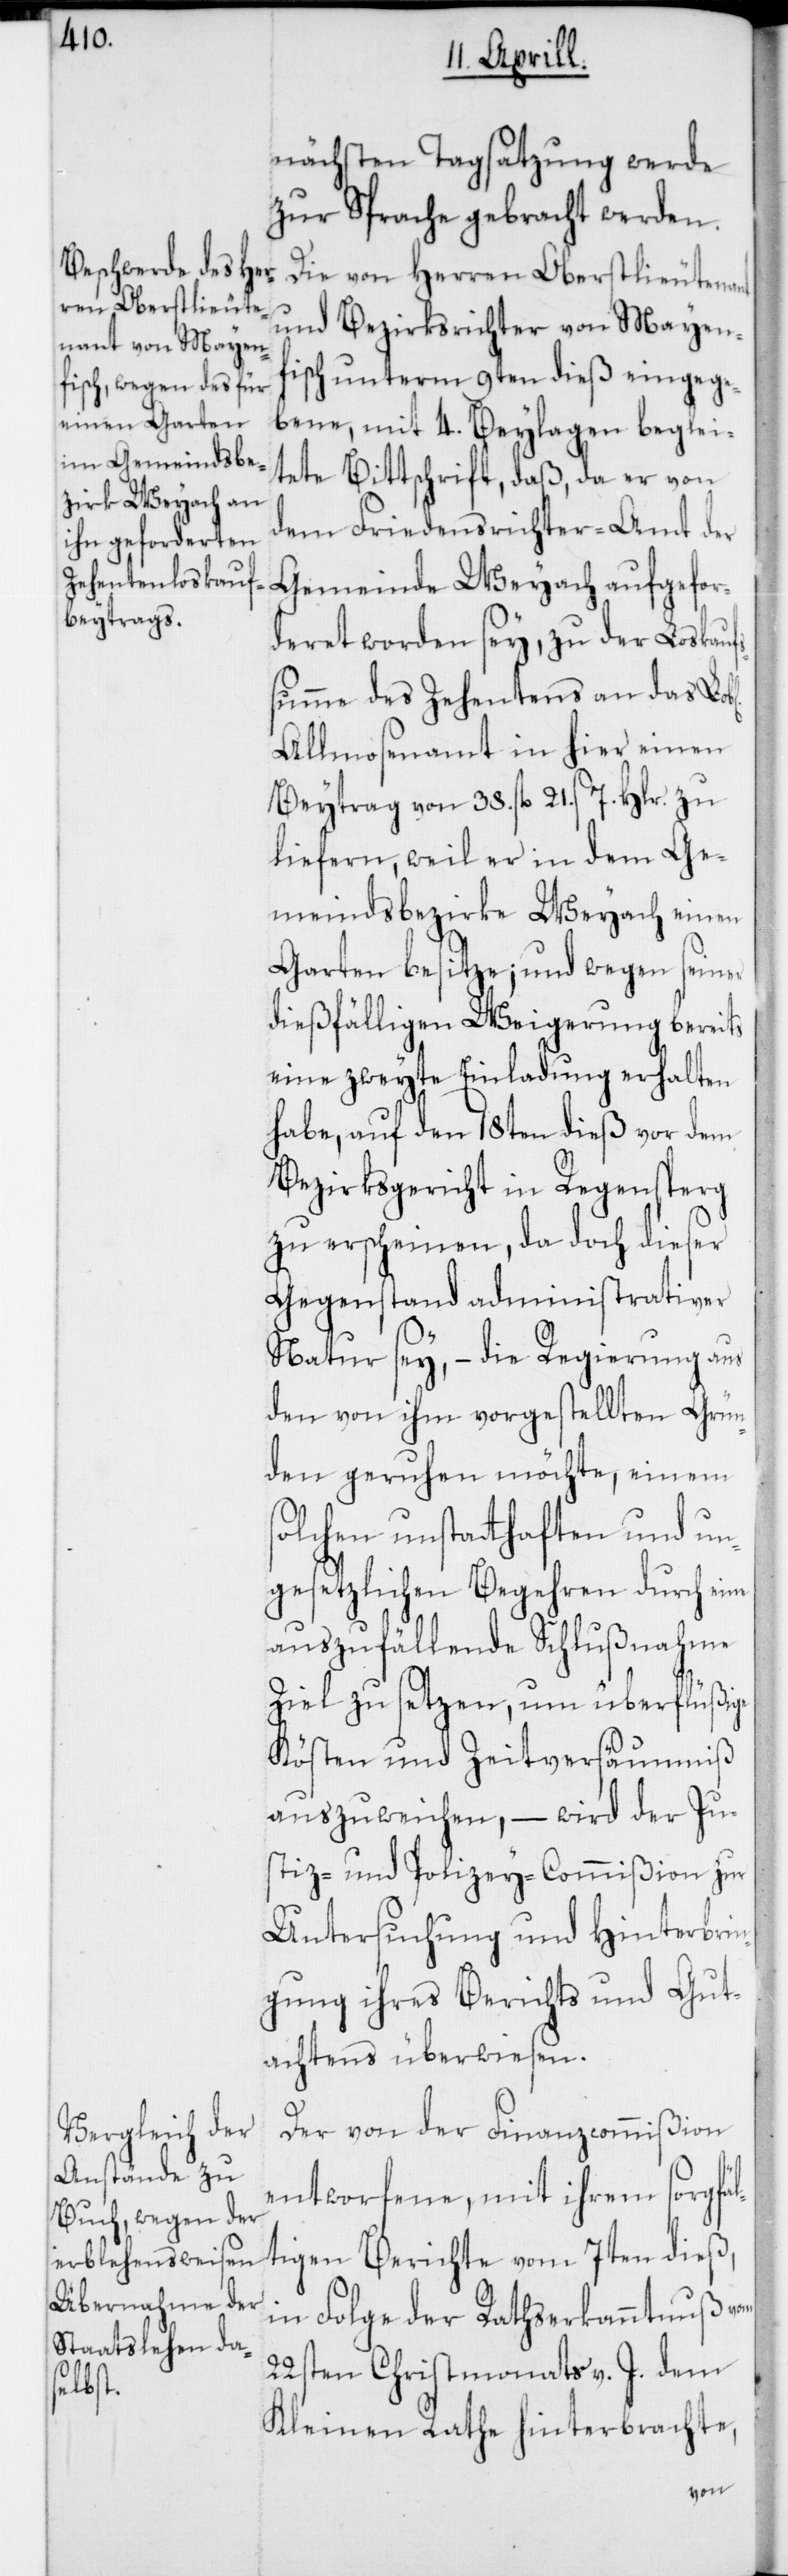
nächsten Tagsatzung werde
zur Sprache gebracht werden.
Die von Herren Oberstlieutenant
und Bezirksrichter von Mayen¬
fisch unterm 9ten dieß eingege¬
bene, mit 4. Beylagen beglei¬
tete Bittschrift, daß, da er von
dem Friedensrichter-Amt der
Gemeinde Weyach aufgefor¬
deret worden sey, zu der Loskaufs¬
summe des Zehentens an das Lobl.
Allmosenamt in hier einen
Beytrag von 38. fl. 21. s 7. Hlr. zu
liefern, weil er in dem Ge¬
meindsbezirke Weyach einen
Garten besitze; und wegen seiner
dießfälligen Weigerung bereits
eine zweyte Einladung erhalten
habe, auf den 18ten dieß vor dem
Bezirksgericht in Regensberg
zu erscheinen, da doch dieser
Gegenstand administrativer
Natur sey, – die Regierung aus
den von ihm vorgestellten Grün¬
den geruhen möchte, einem
solchen unstathaften und un¬
gesetzlichen Begehren durch eine
auszufällende Schlußnahme
Ziel zu setzen, um überflüßige
Kösten und Zeitversäumniß
auszuweichen, – wird der Ju¬
stiz- und Polizey-Commißion zur
Untersuchung und Hinterbrin¬
gung ihres Berichts und Gut¬
achtens überwiesen.
Der von der Finanzcommißion
entworfene, mit ihrem sorgfäl¬
tigen Berichte vom 7ten dieß,
in Folge der Rathserkanntnuß vom
22sten Christmonat v. J. dem
Kleinen Rathe hinterbrachte,